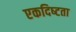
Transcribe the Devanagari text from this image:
एकदिष्‍टता